Annual report on the Civil Veterinary Department, Burma (including the Insein Veterinary School) - 1910-1922
Year: 1910
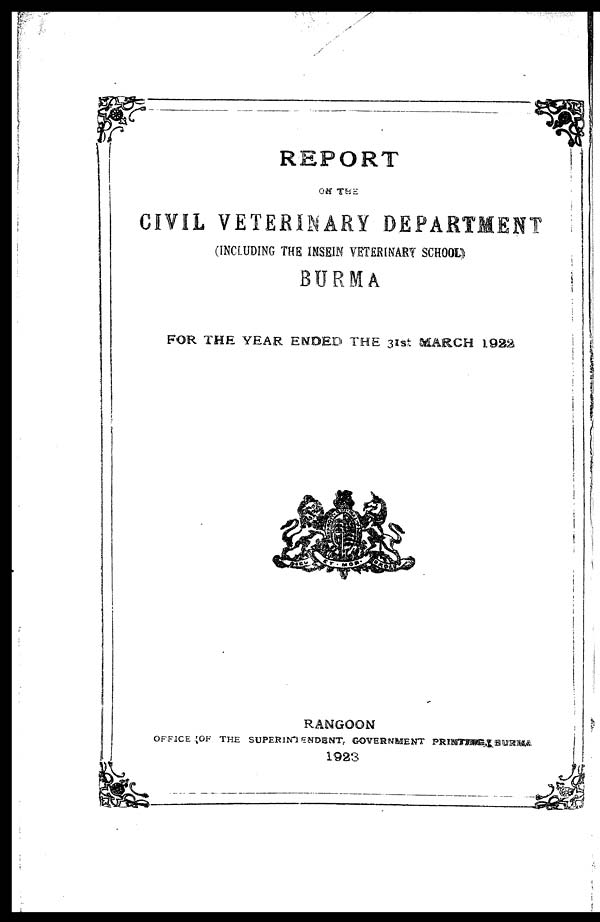
REPORT
OK THE
CIVIL VETERINARY DEPARTMENT
(INCLUDING THE INSEIN VETERINARY SCHOOL)
BURMA
FOR THE YEAR ENDED THE 31st MARCH 1922
RANGOON
OFFICE OF THE SUPERINTENDENT GOVERNMENT PRINTIONS, BURMA.
1923